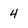
Character: 4